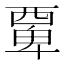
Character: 𮗆